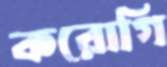
করোগি